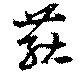
燕